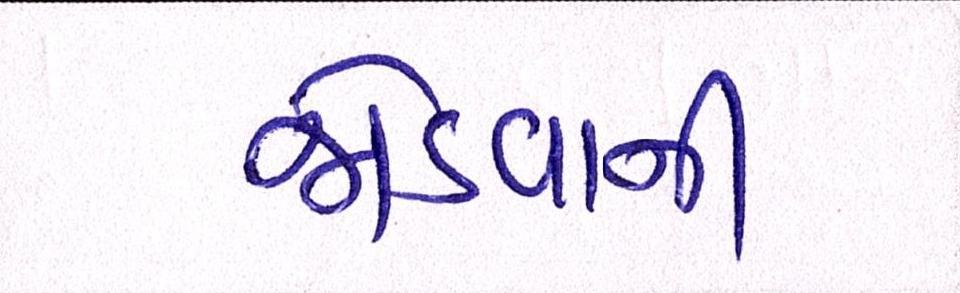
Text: જોડવાની